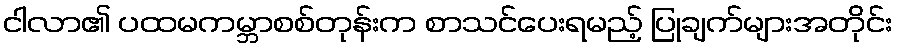
ငါလာ၏ ပထမကမ္ဘာစစ်တုန်းက စာသင်ပေးရမည့် ပြုချက်များအတိုင်း